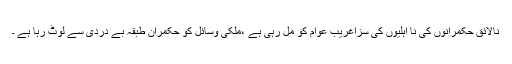
نالائق حکمرانوں کی نا اہلیوں کی سزاغریب عوام کو مل رہی ہے ،ملکی وسائل کو حکمران طبقہ بے دردی سے لوٹ رہا ہے ۔